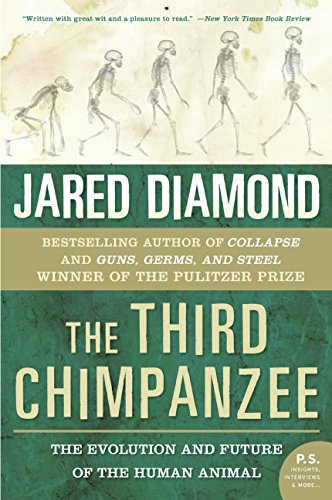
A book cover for The Third Chimpanzee: The Evolution and Future of the Human Animal (P.S.); Jared M. Diamond; Medical Books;